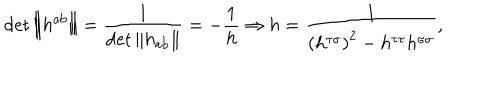
LaTeX: \det \left\| h ^ { \mathrm { a b } } \right\| = \frac 1 { \det \left\| h _ { \mathrm { a b } } \right\| } = - \frac 1 h \Rightarrow h = \frac 1 { \left( h ^ { \tau \sigma } \right) ^ { 2 } - h ^ { \tau \tau } h ^ { \sigma \sigma } } ,